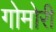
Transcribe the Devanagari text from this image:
गोमोरी